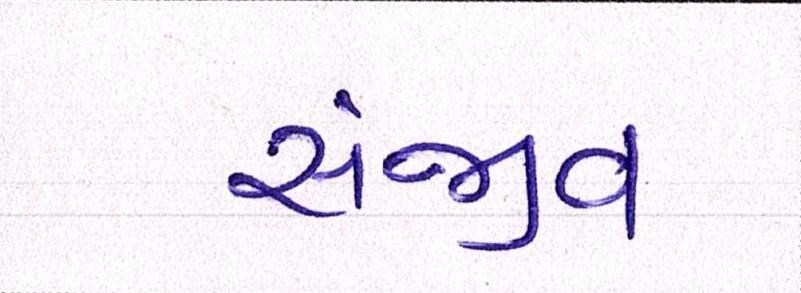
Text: સંજીવ